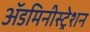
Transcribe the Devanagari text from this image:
ॲडमिनीस्ट्रेशन